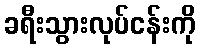
ခရီးသွားလုပ်ငန်းကို